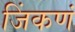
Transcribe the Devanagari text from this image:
जिंकणं